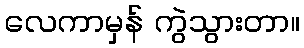
လေကာမှန် ကွဲသွားတာ။